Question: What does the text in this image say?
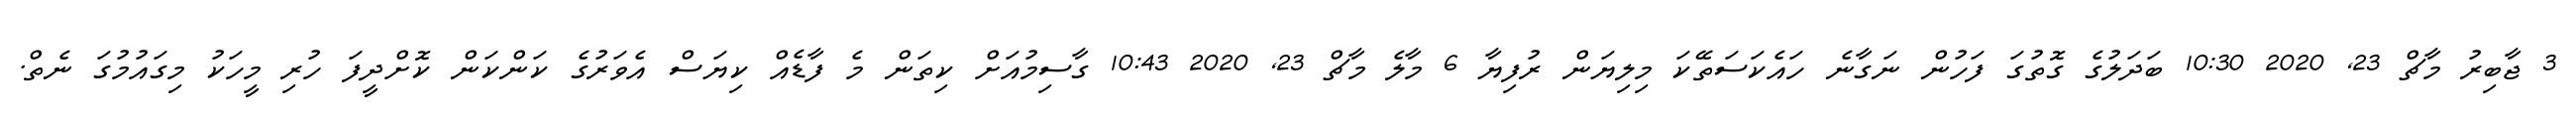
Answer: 3 ޖާބިރު މާޗް 23, 2020 10:30 ބަދަލުގެ ގޮތުގަ ފަހުން ނަގާނެ ހައެކަސަތޭކަ މިލިޔަން ރުފިޔާ 6 މާލެ މާޗް 23, 2020 10:43 ގާސިމުއަށް ކިތަން މެ ފާޑެއް ކިޔަސް އެވަރުގެ ކަންކަން ކޮށްދީފަ ހުރި މީހަކު މިގައުމުގަ ނެތް.